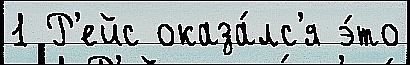
1 Р'ейс оказа́лс'я э́то